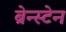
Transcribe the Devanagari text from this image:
ब्रेन्स्टेन